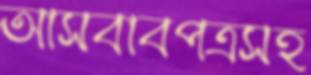
আসবাবপত্রসহ